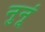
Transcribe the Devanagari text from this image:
नुनूं